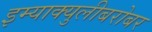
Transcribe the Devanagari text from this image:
इम्‍याक्‍युलीबरोबर